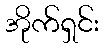
အိုက်ရှင်း